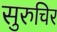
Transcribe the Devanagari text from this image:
सुरुचिर